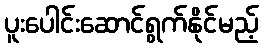
ပူးပေါင်းဆောင်ရွက်နိုင်မည့်